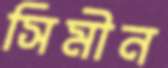
সিমীন